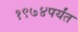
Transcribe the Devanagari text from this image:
१९७४पर्यंत